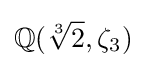
\mathbb {Q} ({\sqrt[{3}]{2}},\zeta _{3})